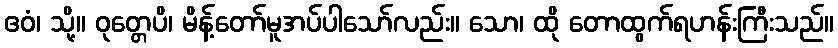
ဧဝံ၊ သို့။ ဝုတ္တေပိ၊ မိန့်တော်မူအပ်ပါသော်လည်း။ သော၊ ထို တောထွက်ရဟန်းကြီးသည်။